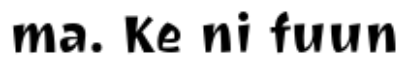
ma. Ke ni fuun